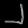
Digit: ၂